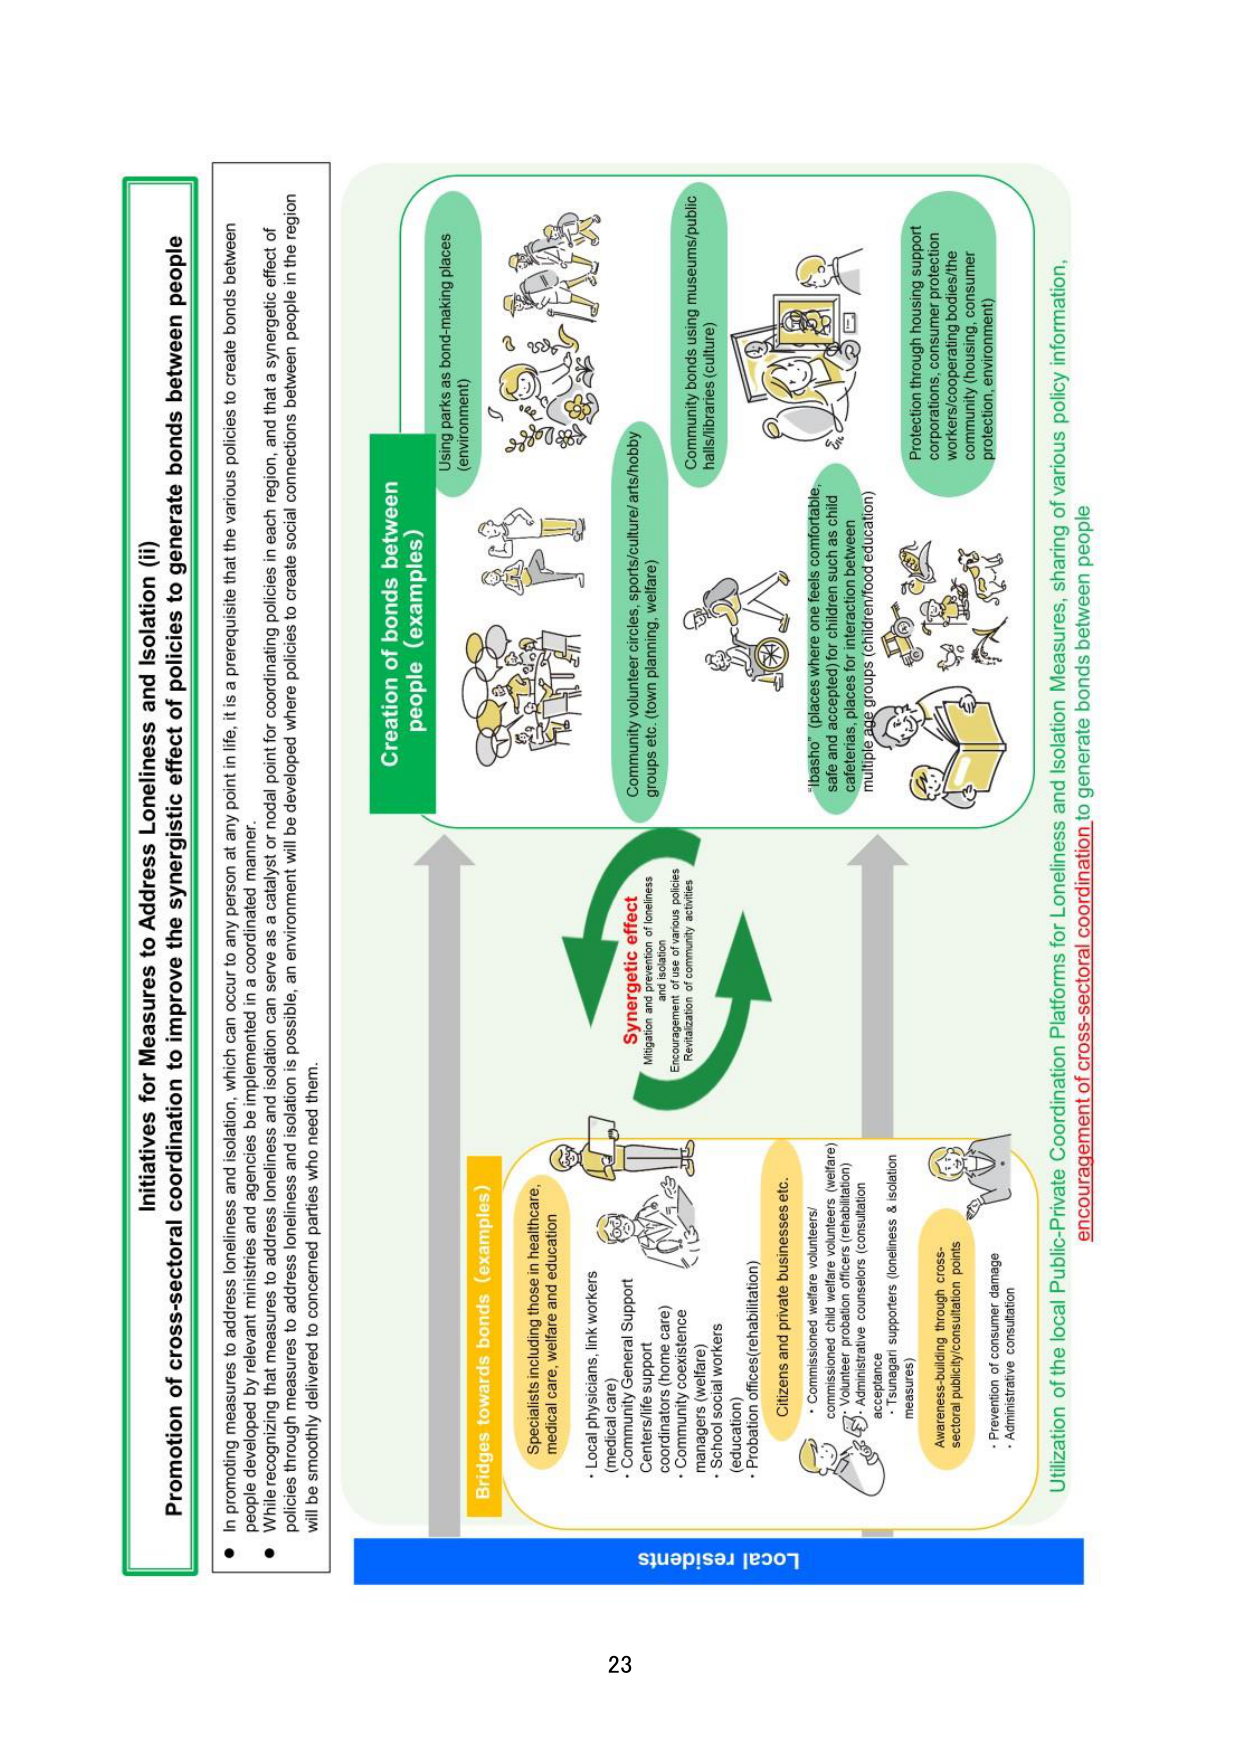
Initiatives for Measures to Address Loneliness and Isolation (ii)
Promotion of cross-sectoral coordination to improve the synergistic effect of policies to generate bonds between people

● In promoting measures to address loneliness and isolation, which can occur to any person at any point in life, it is a prerequisite that the various policies to create bonds between people developed by relevant ministries and agencies be implemented in a coordinated manner.
● While recognizing that measures to address loneliness and isolation can serve as a catalyst or nodal point for coordinating policies in each region, and that a synergistic effect of policies through measures to address loneliness and isolation is possible, an environment will be developed where policies create social connections between people in the region will be smoothly delivered to concerned parties who need them.

Creation of bonds between people (examples)
Using parks as bond-making places (environment)
Community volunteer circles, sports/culture/arts/hobby groups etc. (town planning, welfare)
Community bonds using museums/public halls/libraries (culture)
"tasho" (places where one feels comfortable, safe and accepted) for children such as child cafeterias, places for interaction between multiple age groups (children/food education)
Protection through housing support corporations, consumer protection workers/cooperating bodies/the community (housing, consumer protection, environment)

Synergistic effect
Mitigation and prevention of loneliness and isolation
Encouragement of use of various policies
Revitalization of community activities

Bridges towards bonds (examples)
Specialists including those in healthcare, medical care, welfare and education
• Local physicians, link workers (medical care)
• Community General Support Centers/life support coordinators (home care)
• Community coexistence managers (welfare)
• School social workers (education)
• Probation officers(rehabilitation)
Citizens and private businesses etc.
• Commissioned welfare volunteers/ commissioned child welfare volunteers (welfare)
• Volunteer probation officers (rehabilitation)
• Administrative counselors (consultation acceptance)
• "Sotagai" supporters (loneliness & isolation measures)
Awareness-building through cross-sectoral publicity/consultation points
• Prevention of consumer damage
• Administrative consultation

Utilization of the local Public-Private Coordination Platforms for Loneliness and Isolation Measures, sharing of various policy information, encouragement of cross-sectoral coordination to generate bonds between people

Local residents

23